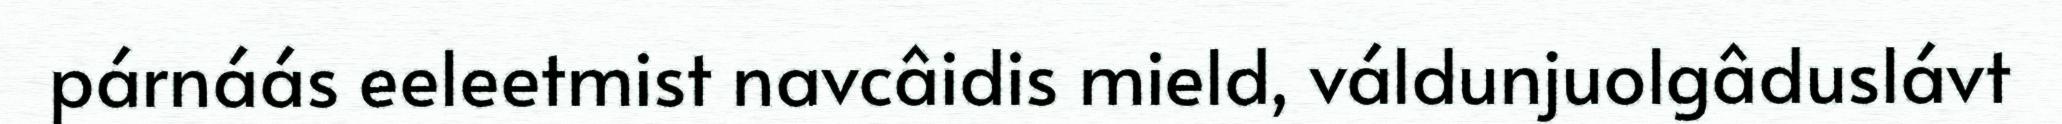
párnáás eeleetmist navcâidis mield, váldunjuolgâduslávt